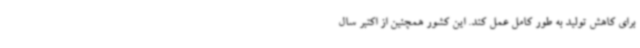
برای کاهش تولید به طور کامل عمل کند. این کشور همچنین از اکتبر سال